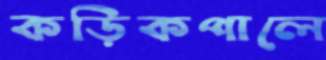
কড়িকপালে